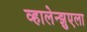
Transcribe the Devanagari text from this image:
व्हालेन्झुएला